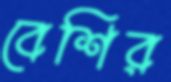
বেশির